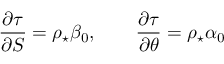
\frac { \partial \tau } { \partial S } = \rho _ { \star } \beta _ { 0 } , \qquad \frac { \partial \tau } { \partial \theta } = \rho _ { \star } \alpha _ { 0 }